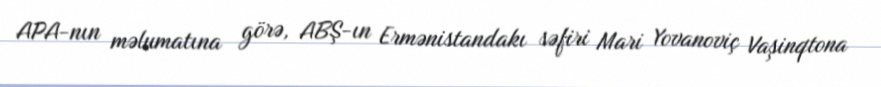
APA-nın məlumatına görə, ABŞ-ın Ermənistandakı səfiri Mari Yovanoviç Vaşinqtona